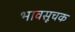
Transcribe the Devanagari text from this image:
भावसूचक